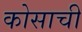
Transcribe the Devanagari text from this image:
कोसाची